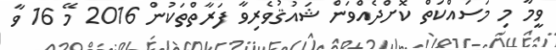
ވީމާ މި މަސައްކަތް ކޮށްދެއްވަން ޝައުޤުވެރިވާ ފަރާތްތަކުން 2016 މޭ 16 ވާ